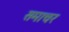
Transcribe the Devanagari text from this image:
समाचर